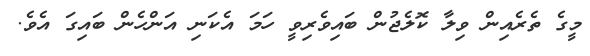
މީގެ ތެރެއިން ވިލާ ކޮލެޖުން ބައިވެރިވީ ހަމަ އެކަނި އަންހެން ބައިގަ އެވެ.